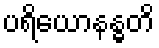
ပရိယောနန္ဓတိ